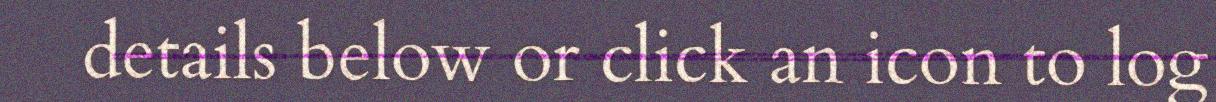
details below or click an icon to log